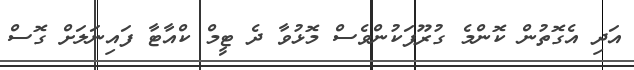
އަދި އެގޮތުން ކޮންމެ ގުރޫޕަކުންވެސް މޮޅުވާ ދެ ޓީމް ކްއާޓާ ފައިނަލަށް ގޮސް